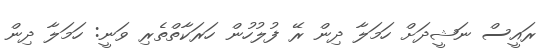
ރައީސް ނަޝީދަށް ހަމަލާ ދިން ރޭ ފުލުހުން ހަރަކާތްތެރި ވަނީ: ހަމަލާ ދިން